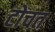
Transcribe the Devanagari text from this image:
टोचत